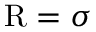
{ \mathrm { R } } = \sigma